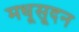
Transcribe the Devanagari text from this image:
मधूसूदन